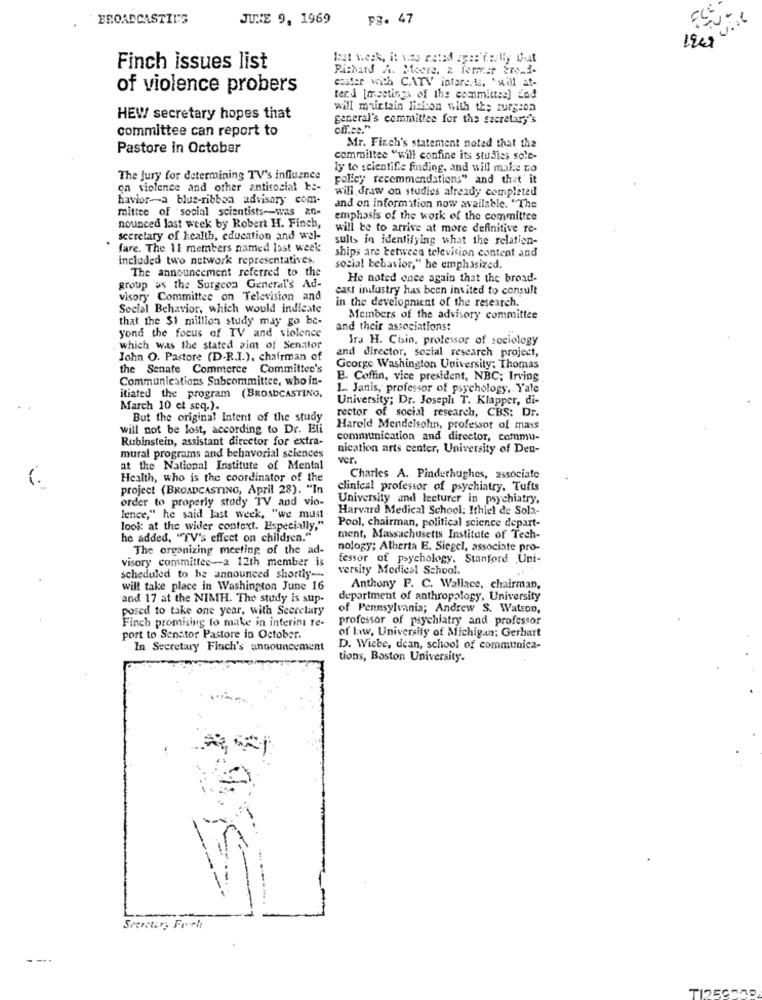
BROADCASTING
JUNE 9. 1969
PZ. 47
laat veck, it was rated zgas'denlly that
Finch issues list
Richard A. Meere. & ferrer 2me-i-
caster with CATV interests, "will at-
of violence probers
ter.d [meetings of the committee] ind
will maintain lisicon with the zurgena
HEW secretary hopes that
general's committee for the secretary's
committee can report to
off.ca."
Pastore in October
Mr. Finch's statement noted that the
committee "will confine its studies sole-
ly to scientife fuiding, and will make no
The jury for determining TV's influence
policy recommendations" and that' it
on violence and other antisocial be-
will draw on studies already completed
havior-a blue-ribbon advisory com-
mittee of social scientists-was 20-
and on information now available. "The
emphasis of the work of the committee
nounced last week by Robert H. Finch,
will be to arrive at more definitive re-
secretary of health, education and wel-
sults in identifying what the relation-
fare. The 11 members named last week
included two network representatives.
ships are tetweea television content and
The announcement referred to the
social behavior," he emphasized.
He noted onee again that the broad-
group as the Surgeon General's Ad-
cast industry has been invited to consult
visory Committee on Television and
in the development of the research.
Social Behavior, which would indicate
that the $1 million study may go be-
Members of the advisory committee
yond the focus of IV and violence
and their associations:
Ira H. Cisin, professor of sociology
which was the stated aint of Senator
John O. Pastore (D-R.I.), chairman of
and director, social research project,
the Senate Commerce Committee's
George Washington University: Thomas
Communications Subcommittee, who in-
B. Coffin, vice president, NBC; Irving
1. Janis, professor of psychology, Yale
itiated the program (BROADCASTING,
University; Dr. Joseph T. Klapper, di-
March 10 et seq.).
rector of social research, CBS: Dr.
But the original intent of the study
will not be lost, according to Dr. Eli
Hareld Mendelsohn, professor of mass
Rubinstein, assistant director for extra-
communication and director, commu-
nication arts center, University of Den-
mural programs and behavorial sciences
ver.
at the National Institute of Mental
Health, who is the coordinator of the
Charles A. Pinderhughes, associate
project (BROADCASTING, April 28). "In
clinical professor of psychiatry. Tufts
order to properly stady TV and vio-
University and lecturer in psychiatry.
Harvard Medical School: Ithiel de Sola
lence," he said last week, "we must
look at the wider context. Especially,"
Pool, chairman, political science depart-
he added, "TV's effect on children."
ment, Massachusetts Institute of Tech-
The organizing meeting of the ad-
nology; Alberta E. Siegel, associate pro-
visory committee-a 12th member is
fessor of psychology. Stanford ,Uni-
versity Medical School.
scheduled to be announced shortly-
will take place in Washington June 16
Anthony F. C. Wallace, chairman,
and 17 at the NIMH. The study is sup-
department of anthropology, University
posed to take one year, with Secretary
of Pennsylvania; Andrew S. Watson,
Finch promising to make in interint re-
professor of psychiatry and professor
of law, University of Michigan; Gerbart
port to Senator Pastore in October.
In Secretary Finch's announcement
D. Wiebe, dean, school of communica-
tions, Boston University.
-